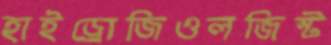
হাইড্রোজিওলজিস্ট